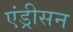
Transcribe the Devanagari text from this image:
एंड्रीसन